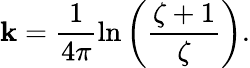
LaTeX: \mathbf{k}=\frac{{1}}{{4\pi}}\ln{\left(\frac{{\zeta+1}}{{\zeta}}\right)}.